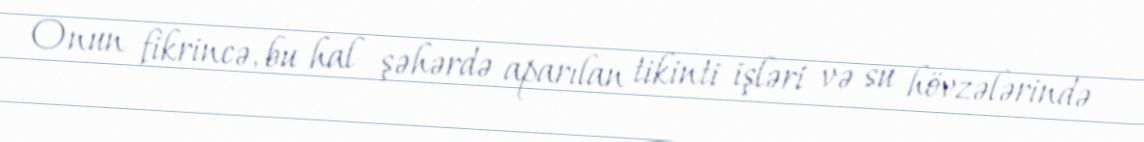
Onun fikrincə, bu hal şəhərdə aparılan tikinti işləri və su hövzələrində